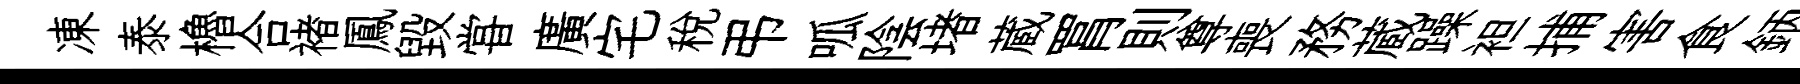
凍泰櫓合褚鳳毀甞廣宅税弔呱陰堵蔵罥則尊喪務蔵躁袒捕害食鈵